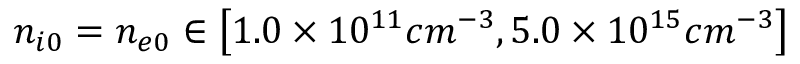
n _ { i 0 } = n _ { e 0 } \in \left[ 1 . 0 \times 1 0 ^ { 1 1 } c m ^ { - 3 } , 5 . 0 \times 1 0 ^ { 1 5 } c m ^ { - 3 } \right]